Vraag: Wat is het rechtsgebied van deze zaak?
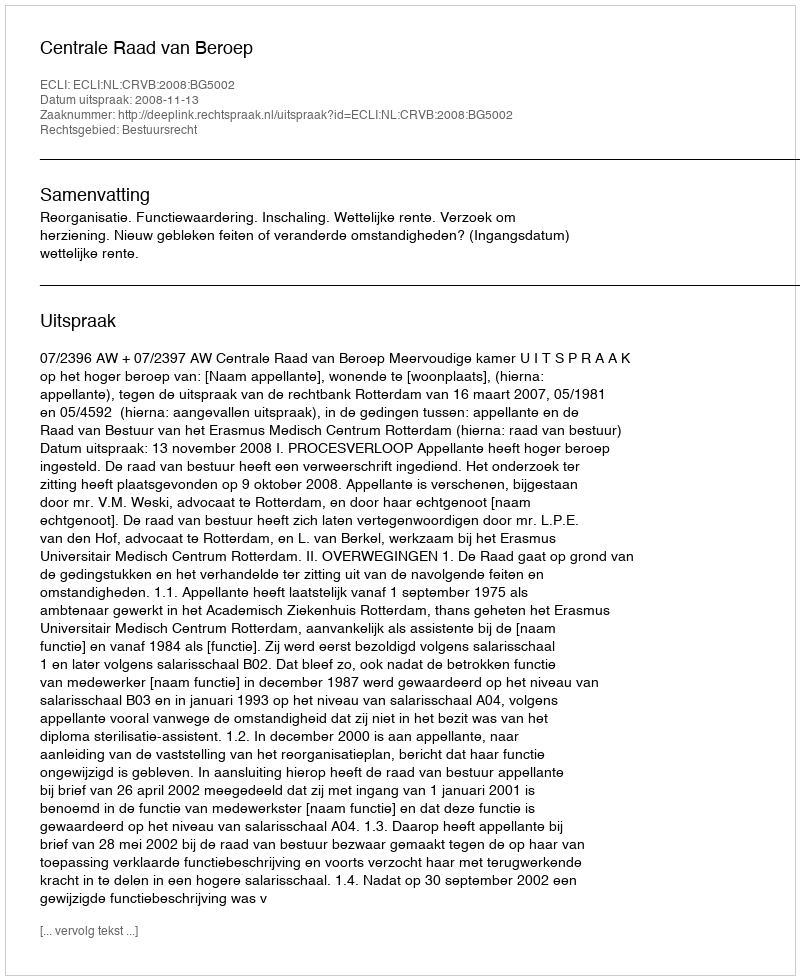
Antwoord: Bestuursrecht